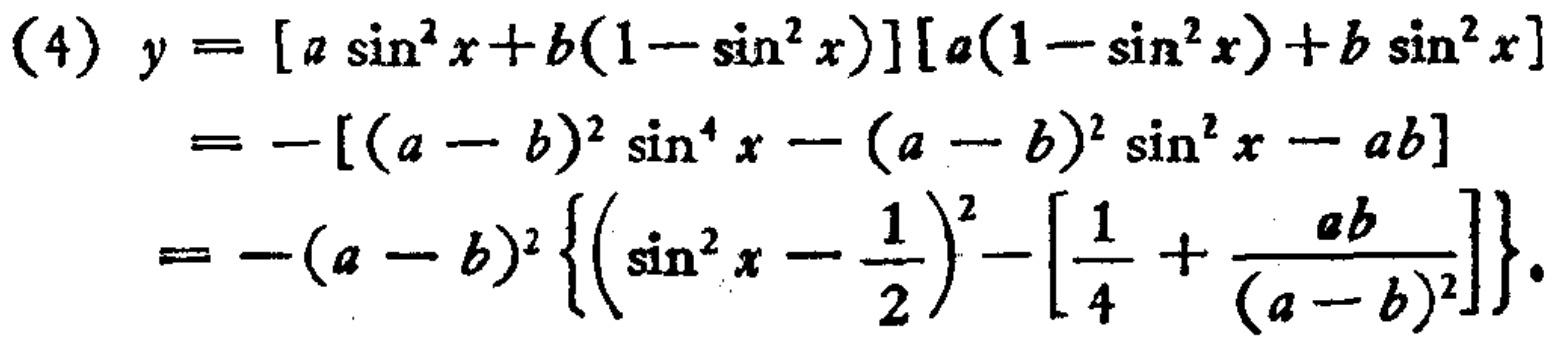
\[

\begin{align*}

(4)\ y&=[a\sin^{2}x + b(1 - \sin^{2}x)][a(1 - \sin^{2}x)+b\sin^{2}x]\\

&=-[(a - b)^{2}\sin^{4}x-(a - b)^{2}\sin^{2}x - ab]\\

&=-(a - b)^{2}\left\{\left(\sin^{2}x-\frac{1}{2}\right)^{2}-\left[\frac{1}{4}+\frac{ab}{(a - b)^{2}}\right]\right\}.

\end{align*}

\]